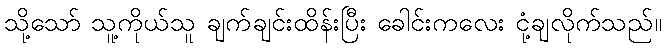
သို့သော် သူ့ကိုယ်သူ ချက်ချင်းထိန်းပြီး ခေါင်းကလေး ငုံ့ချလိုက်သည်။